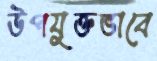
উপযুক্তভাবে